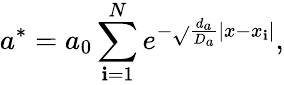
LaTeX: a^{*}=a_{0}\sum_{\mathbf{i}=1}^{N}e^{-\sqrt{}{{\frac{{d_{a}}}{{D_{a}}}}}\left|x-x_{\mathbf{i}}\right|},